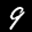
Label: 9